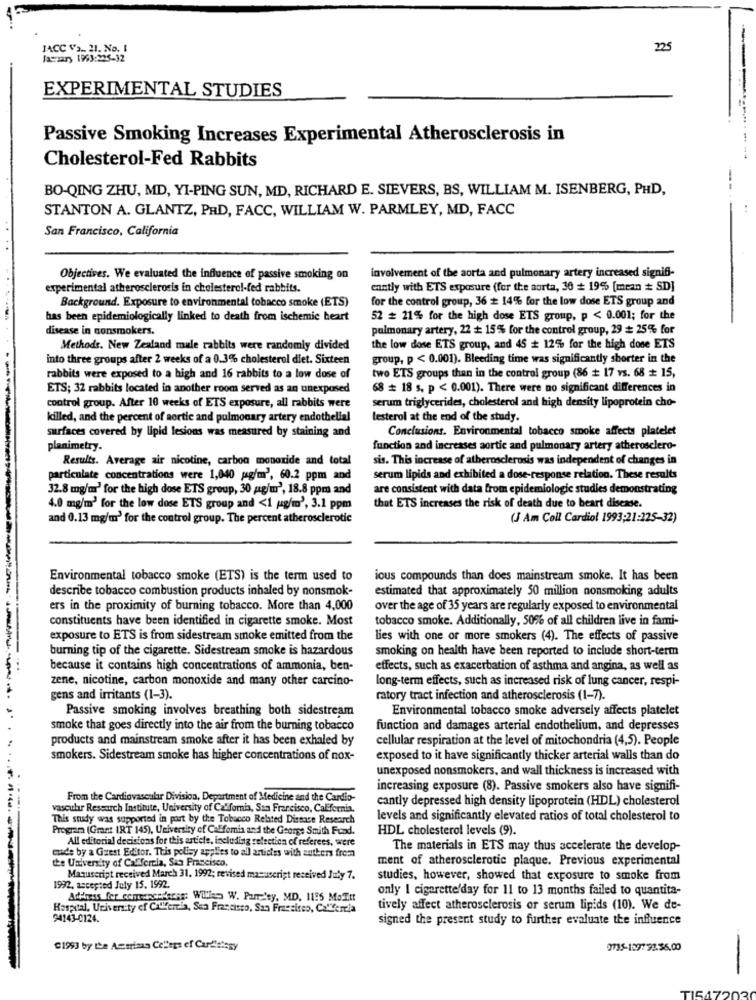
JACC Va .. 21. No. I
225
Jassary 1993:225-32
EXPERIMENTAL STUDIES
Passive Smoking Increases Experimental Atherosclerosis in
Cholesterol-Fed Rabbits
BO-QING ZHU, MD, YI-PING SUN, MD, RICHARD E. SIEVERS, BS, WILLIAM M. ISENBERG, PHD,
--
STANTON A. GLANTZ, PRD, FACC, WILLIAM W. PARMLEY, MD, FACC
..
San Francisco, California
Objectives. We evaluated the influence of passive smoking on
involvement of the aorta and pulmonary artery increased signifi-
experimental atherosclerosis in cholesterol-fed rabbits.
cantly with ETS exposure (for the aorta, 30 + 19% [mean + SD]
Background. Exposure to environmental tobacco smoke (ETS)
for the control group, 36 # 14% for the low dose ETS group and
has been epidemiologically linked to death from ischemic heart
52 # 21% for the high dose ETS group, p < 0.001; for the
disease in nonsmokers.
pulmonary artery, 22 == 15% for the control group, 29 + 25% for
Methods. New Zealand mule rabbits were randomly divided
the low dose ETS group, and 45 # 12% for the high dose ETS
into three groups after 2 weeks of a 0.3% cholesterol diet. Sixteen
group, p < 0.001). Bleeding time was significantly shorter in the
rabbits were exposed to a high and 16 rabbits to a low dose of
two ETS groups than in the control group (86 + 17 vs. 68 + 15,
ETS; 32 rabbits located in another room served as an unexposed
68 # 18 s, p < 0.001). There were no significant differences in
control group. After 10 weeks of ETS exposure, all rabbits were
serum triglycerides, cholesterol and high density lipoprotein cho-
killed, and the percent of aortic and pulmonary artery endothelial
lesterol at the end of the study.
surfaces covered by lipid lesions was measured by staining and
Conclusions. Environmental tobacco smoke affects platelet
planimetry.
function and increases aortic and pulmonary artery atherosclero-
Results. Average air nicotine, carbon monoxide and total
sis. This increase of atherosclerosis was independent of changes in
particulate concentrations were 1,040 g/m', 60.2 ppm and
serum lipids and exhibited a dose-response relation. These results
32.8 mg/m' for the high dose ETS group, 30 g/m', 18.8 ppm and
are consistent with data from epidemiologic studies demonstrating
4.0 mg/m3 for the low dose ETS group and <1 g/m', 3.1 ppm
that ETS increases the risk of death due to beart disease.
and 0.13 mg/m' for the control group. The percent atherosclerotic
(J Am Coll Cardiol 1993;21:225-32)
Environmental tobacco smoke (ETS) is the term used to
ious compounds than does mainstream smoke. It has been
describe tobacco combustion products inhaled by nonsmok-
estimated that approximately 50 million nonsmoking adults
ers in the proximity of burning tobacco. More than 4,000
over the age of 35 years are regularly exposed to environmental
constituents have been identified in cigarette smoke. Most
tobacco smoke. Additionally, 50% of all children live in fami-
exposure to ETS is from sidestream smoke emitted from the
lies with one or more smokers (4). The effects of passive
burning tip of the cigarette. Sidestream smoke is hazardous
smoking on health have been reported to include short-term
because it contains high concentrations of ammonia, ben-
effects, such as exacerbation of asthma and angina, as well as
zene, nicotine, carbon monoxide and many other carcino-
long-term effects, such as increased risk of lung cancer, respi-
gens and irritants (1-3).
ratory tract infection and atherosclerosis (1-7).
Passive smoking involves breathing both sidestream
Environmental tobacco smoke adversely affects platelet
smoke that goes directly into the air from the burning tobacco
function and damages arterial endothelium, and depresses
products and mainstream smoke after it has been exhaled by
cellular respiration at the level of mitochondria (4,5). People
smokers. Sidestream smoke has higher concentrations of nox-
exposed to it have significantly thicker arterial walls than do
unexposed nonsmokers, and wall thickness is increased with
increasing exposure (8). Passive smokers also have signifi-
From the Cardiovascular Division, Department of Medicine and the Cardio-
cantly depressed high density lipoprotein (HDL) cholesterol
vascular Research Institute, University of California, San Francisco, California.
This study was supported in port by the Tobacco Related Disease Research
levels and significantly elevated ratios of total cholesterol to
Program (Grant IRT 145), University of Caffomia and the George Smith Fund.
HDL cholesterol levels (9).
All editorial decisions for this article, including selection of referees, were
The materials in ETS may thus accelerate the develop-
made by a Guest Editor. This policy applies to all articles with anthers frem
ment of atherosclerotic plaque. Previous experimental
the University of California, San Francisco.
Manuscript received March 31, 1992; revised manuscript received July 7.
studies, however, showed that exposure to smoke from
1992, accepted July 15. 1992.
only I cigarette'day for 11 to 13 months failed to quantita-
Address for comeancederes: William W. Parsley, MD. 1195 MaEtt
Hospital, University of California, San Francisco, San Francisco, Ca""ferria
tively affect atherosclerosis or serum lipids (10). We de-
94143-0124.
signed the present study to further evaluate the influence
"1993 by the Amerimas Celleps ef Cardleissy
0715-1897 32.56.00
-